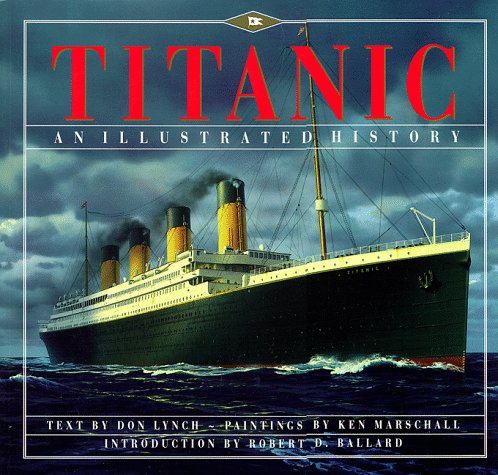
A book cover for Titanic: An Illustrated History; Donald Lynch; Arts & Photography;